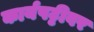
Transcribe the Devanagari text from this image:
कार्यपट्टीवर